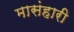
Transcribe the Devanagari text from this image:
मासंहारी